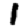
Digit: 1